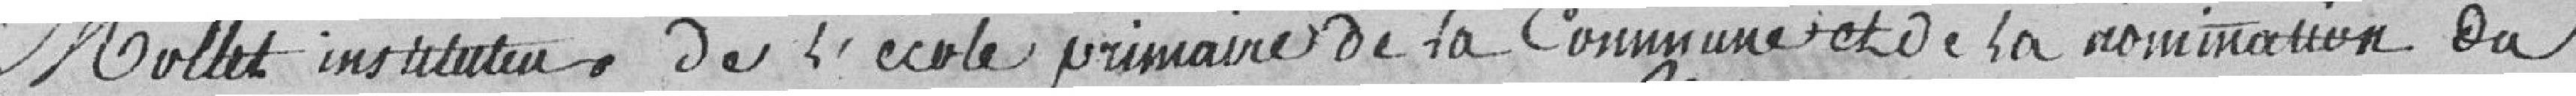
Mollet instituteur de l'école primaire de la commune  et de la nomination du